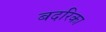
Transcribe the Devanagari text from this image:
बदरिका